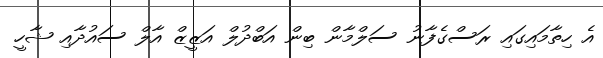
އެ ހިތާމައިގައި ރަސްގެފާނު ސަލްމާން ބިން އަބްދުލް އަޒީޒް އާލް ސައުދާއި ޝާހީ